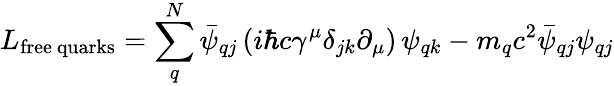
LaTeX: L_{\mathrm{free\ quarks}}=\sum_{q}^{N}\bar{\psi}_{qj}\, (i\hbar c\gamma^{\mu}\delta_{jk}\partial_{\mu})\, \psi_{qk}-m_{q}c^{2}\bar{\psi}_{qj}\psi_{qj}